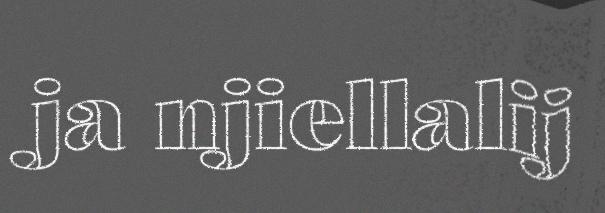
ja njiellalij